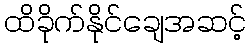
ထိခိုက်နိုင်ချေအဆင့်